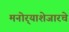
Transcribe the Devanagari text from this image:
मनोर्‍याशेजारचे